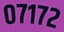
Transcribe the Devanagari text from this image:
०७१७२